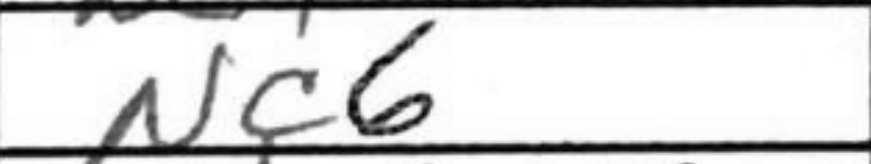
Transcription: Nc6